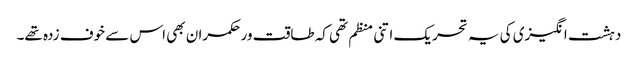
دہشت انگیزی کی یہ تحریک اتنی منظم تھی کہ طاقت ور حکمران بھی اس سے خوف زدہ تھے۔